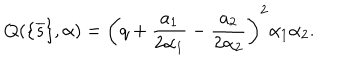
Q ( \{ \overline { { { s } } } \} , \alpha ) = \left( q + \frac { a _ { 1 } } { 2 \alpha _ { 1 } } - \frac { a _ { 2 } } { 2 \alpha _ { 2 } } \right) ^ { 2 } \alpha _ { 1 } \alpha _ { 2 } .